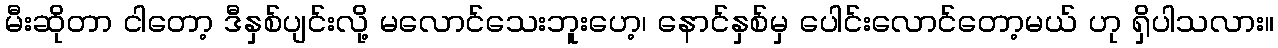
မီးဆိုတာ ငါတော့ ဒီနှစ်ပျင်းလို့ မလောင်သေးဘူးဟေ့၊ နောင်နှစ်မှ ပေါင်းလောင်တော့မယ် ဟု ရှိပါသလား။